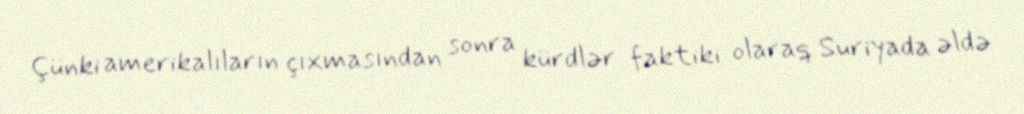
Çünki amerikalıların çıxmasından sonra kürdlər faktiki olaraq Suriyada əldə